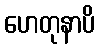
ဟေတုနာပိ